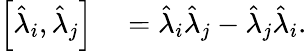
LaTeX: \begin{array}{rl}{\left[\hat{\lambda}_{i},\hat{\lambda}_{j}\right]}&{{}=\hat{\lambda}_{i}\hat{\lambda}_{j}-\hat{\lambda}_{j}\hat{\lambda}_{i}.}\end{array}